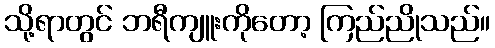
သို့ရာတွင် ဘရီကျူးကိုတော့ ကြည်ညိုသည်။